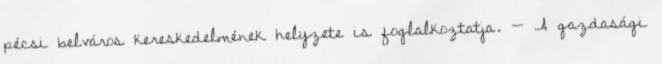
pécsi belváros kereskedelmének helyzete is foglalkoztatja. — A gazdasági